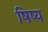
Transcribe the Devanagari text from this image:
षिष्य